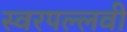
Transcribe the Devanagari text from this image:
स्वरपल्लवी